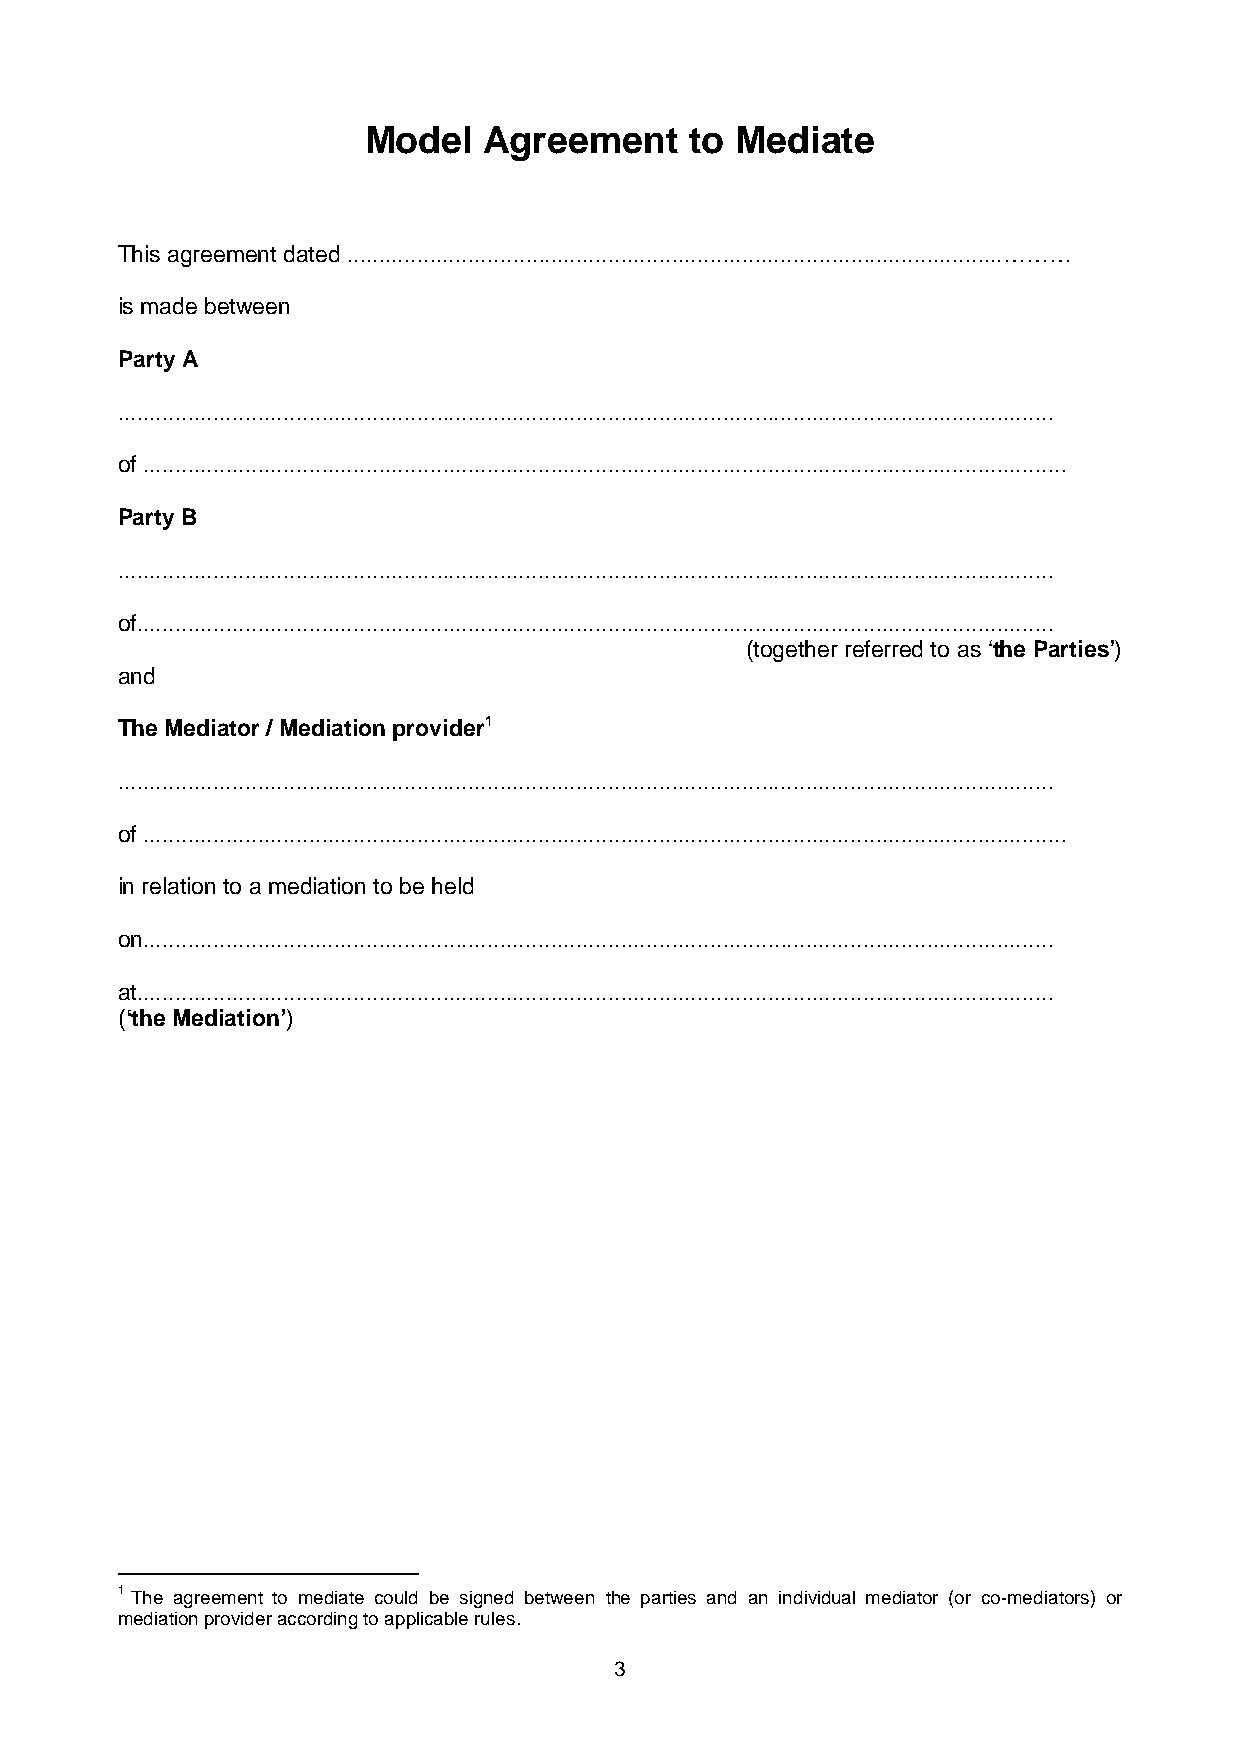
Model   Agreement     to Mediate
 This agreement dated .......................................................................................................………
 is made between
 Party A
 ...................................................................................................................................................
 of .................................................................................................................................................
 Party B
 ...................................................................................................................................................
 of................................................................................................................................................
 (together referred to as ‘the Parties’)
 and
 The Mediator / Mediation provider1
 ...................................................................................................................................................
 of .................................................................................................................................................
 in relation to a mediation to be held
 on...............................................................................................................................................
 at................................................................................................................................................
 (‘the Mediation’)
 1 The agreement to mediate could be signed between the parties and an individual mediator (or co-mediators) or
 mediation provider according to applicable rules.
 3